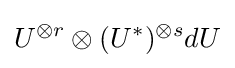
U^{\otimes r}\otimes (U^{*})^{\otimes s}dU